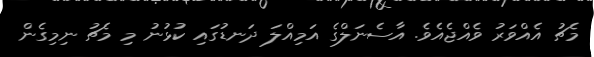
މެޗު އެއްވަރު ވެއްޖެއެވެ. އާސެނަލްގެ އަމިއްލަ ދަނޑުގައި ކުޅުނު މި މެޗު ނިމިގެން